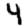
Digit: 4